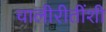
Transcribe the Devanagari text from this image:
चालीरीतींशी